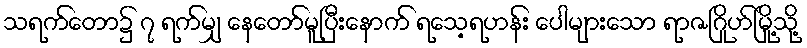
သရက်တော၌ ၇ ရက်မျှ နေတော်မူပြီးနောက် ရသေ့ရဟန်း ပေါများသော ရာဇဂြိုဟ်မြို့သို့